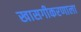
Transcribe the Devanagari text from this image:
खासगीकरणाला